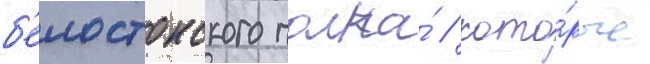
б'елостокского полка́ / кото́рые